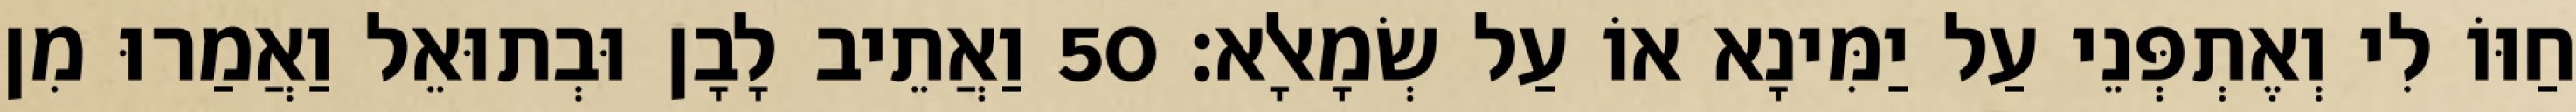
חַוּוֹ לִי וְאֶתְפְּנֵי עַל יַמִּינָא אוֹ עַל שְׂמָאלָא׃ 50 וַאֲתֵיב לָבָן וּבְתוּאֵל וַאֲמַרוּ מִן